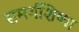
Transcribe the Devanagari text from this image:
समर्थशिष्या